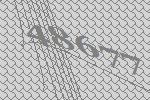
48677